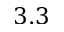
3 . 3